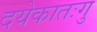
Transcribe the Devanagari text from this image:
दयेकातःगु